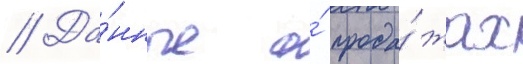
// Да́нные о́ прода́жах